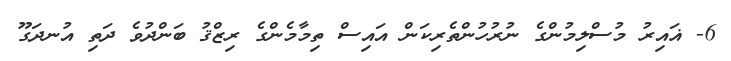
6- ޣައިރު މުސްލިމުންގެ ނުރުހުންތެރިކަން އައިސް ތިމާމެންގެ ރިޒްޤު ބަންދުވެ ދަތި އުނދަގޫ